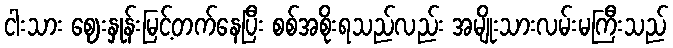
ငါးသား ဈေးနှုန်းမြင့်တက်နေပြီး စစ်အစိုးရသည်လည်း အမျိုးသားလမ်းမကြီးသည်